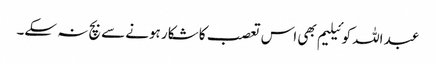
عبد اللہ کوئیلیم بھی اس تعصب کا شکار ہونے سے بچ نہ سکے۔